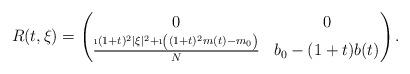
LaTeX: \begin{align*} R(t,\xi) = \begin{pmatrix} 0 & 0 \\ \frac{\i(1+t)^2 |\xi|^2 +\i \left( (1+t)^2 m(t) - m_0 \right)}N & b_0- (1+t)b(t) \end{pmatrix}.\end{align*}